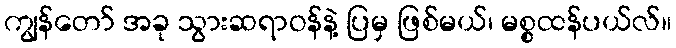
ကျွန်တော် အခု သွားဆရာဝန်နဲ့ ပြမှ ဖြစ်မယ်၊ မစ္စထန်ပယ်လ်။